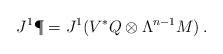
LaTeX: \begin{align*}J^1{\P}=J^1(V^\ast Q\otimes\Lambda^{n-1}M)\, .\end{align*}